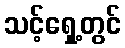
သင့်ရှေ့တွင်